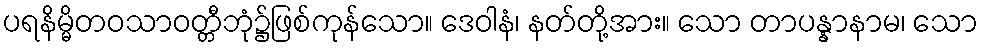
ပရနိမ္မိတဝသာဝတ္တီဘုံ၌ဖြစ်ကုန်သော။ ဒေဝါနံ၊ နတ်တို့အား။ သော တာပန္နာနာမ၊ သော